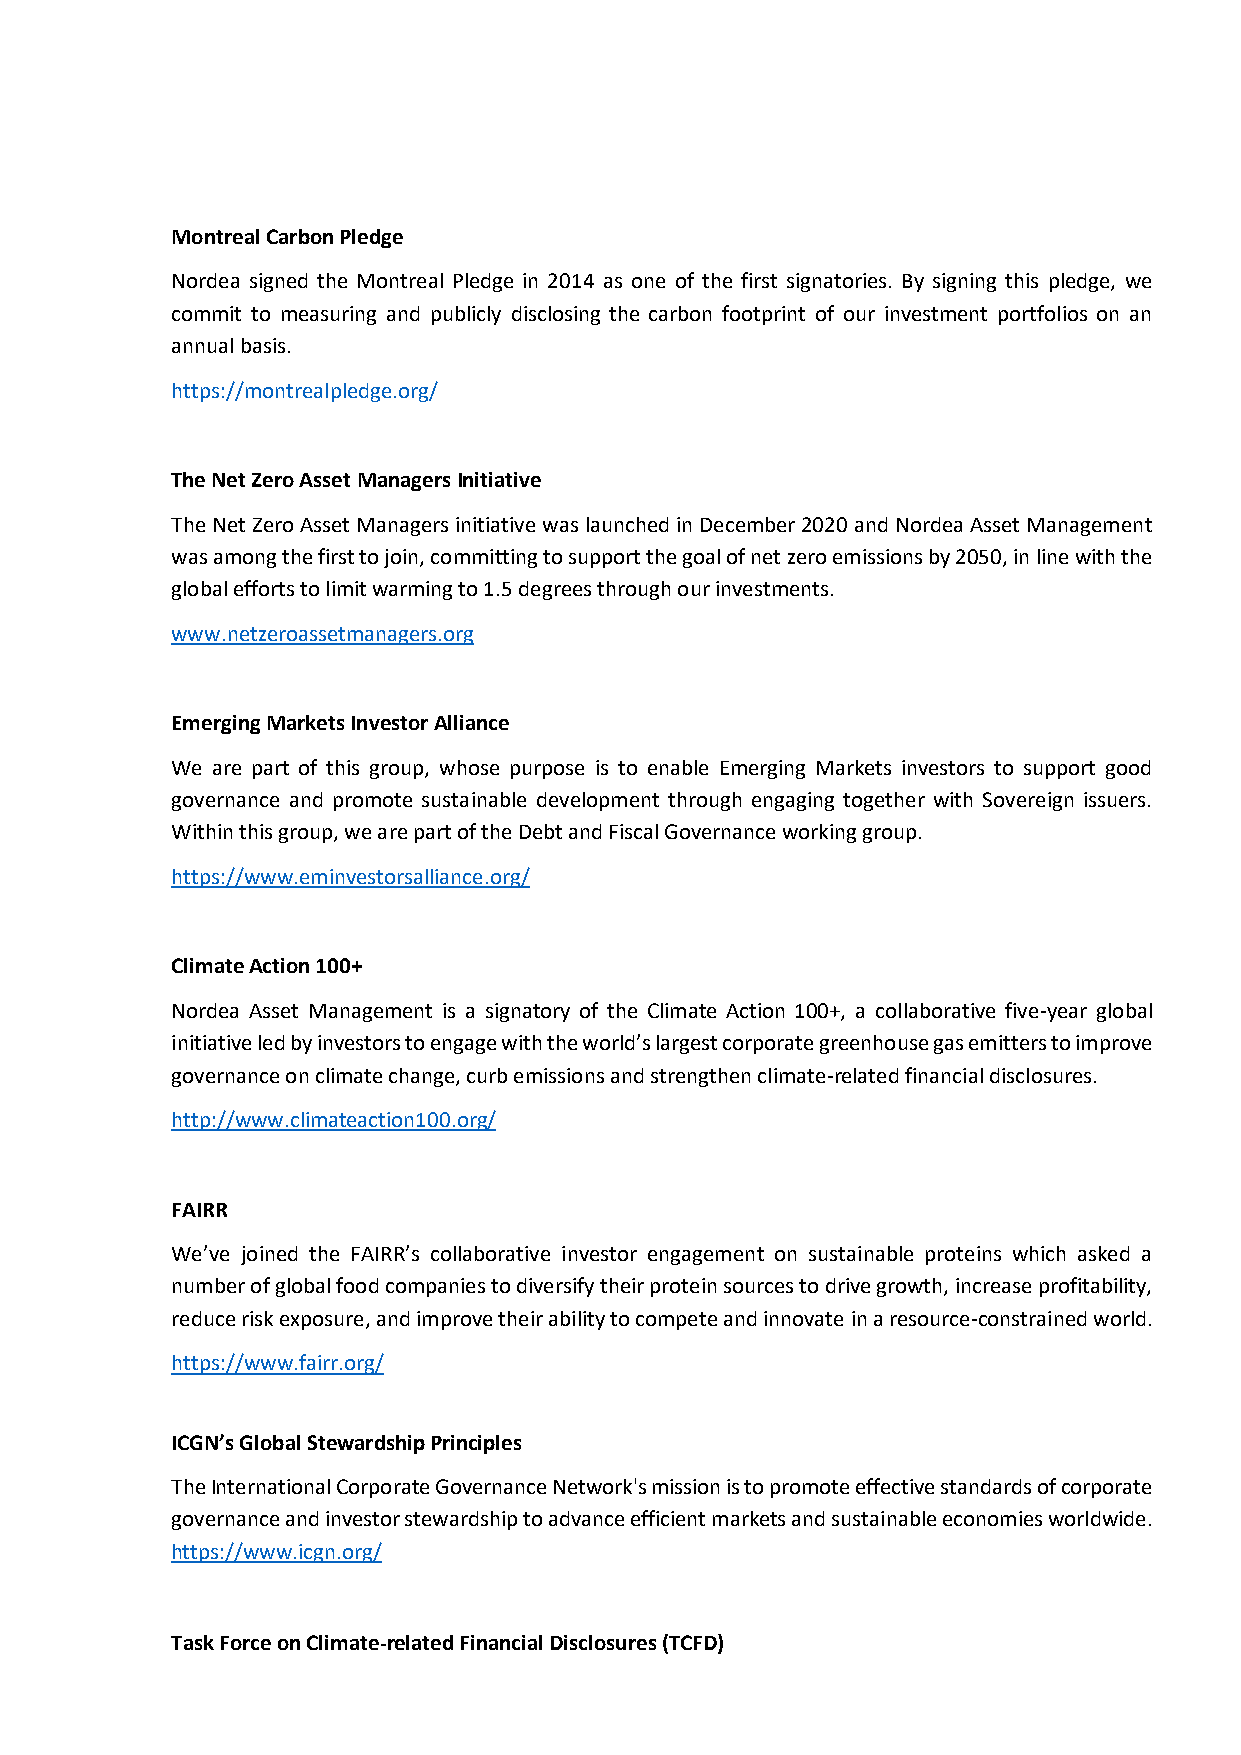
Montreal Carbon Pledge
 Nordea signed the Montreal Pledge in 2014 as one of the first signatories. By signing this pledge, we
 commit to measuring and publicly disclosing the carbon footprint of our investment portfolios on an
 annual basis.
 https://montrealpledge.org/
 The Net Zero Asset Managers Initiative
 The Net Zero Asset Managers initiative was launched in December 2020 and Nordea Asset Management
 was among the first to join, committing to support the goal of net zero emissions by 2050, in line with the
 global efforts to limit warming to 1.5 degrees through our investments.
 www.netzeroassetmanagers.org
 Emerging Markets Investor Alliance
 We are part of this group, whose purpose is to enable Emerging Markets investors to support good
 governance and promote sustainable development through engaging together with Sovereign issuers.
 Within this group, we are part of the Debt and Fiscal Governance working group.
 https://www.eminvestorsalliance.org/
 Climate Action 100+
 Nordea Asset Management is a signatory of the Climate Action 100+, a collaborative five-year global
 initiative led by investors to engage with the world’s largest corporate greenhouse gas emitters to improve
 governance on climate change, curb emissions and strengthen climate-related financial disclosures.
 http://www.climateaction100.org/
 FAIRR
 We’ve joined the FAIRR’s collaborative investor engagement on sustainable proteins which asked a
 number of global food companies to diversify their protein sources to drive growth, increase profitability,
 reduce risk exposure, and improve their ability to compete and innovate in a resource-constrained world.
 https://www.fairr.org/
 ICGN’s Global Stewardship Principles
 The International Corporate Governance Network's mission is to promote effective standards of corporate
 governance and investor stewardship to advance efficient markets and sustainable economies worldwide.
 https://www.icgn.org/
 Task Force on Climate-related Financial Disclosures (TCFD)